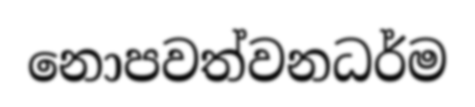
නොපවත්වනධර්ම